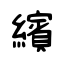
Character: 繽